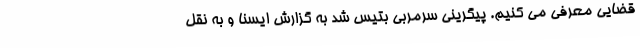
قضایی معرفی می کنیم. پیگرینی سرمربی بتیس شد به گزارش ایسنا و به نقل